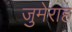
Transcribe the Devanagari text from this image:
जुमेराह